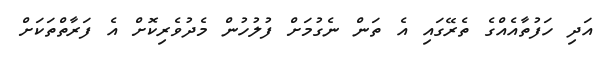
އަދި ހަފުތާއެއްގެ ތެރޭގައި އެ ތަން ނެގުމަށް ފުލުހުން މެދުވެރިކޮށް އެ ފަރާތްތަކަށް